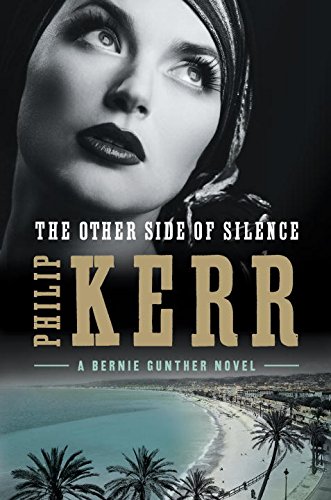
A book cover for The Other Side of Silence (A Bernie Gunther Novel); Philip Kerr; Mystery, Thriller & Suspense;